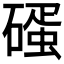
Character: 𥕨